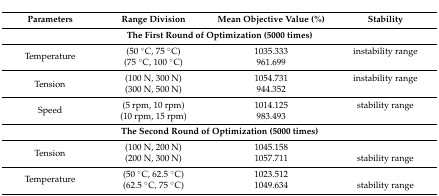
<table><thead><tr><td><b>Parameters</b></td><td><b>Range Division</b></td><td><b>Mean Objective Value (%)</b></td><td><b>Stability</b></td></tr></thead><tbody><tr><td colspan="4"><b>The First Round of Optimization (5000 times)</b></td></tr><tr><td rowspan="2">Temperature</td><td>(50 °C, 75 °C)</td><td>1035.333</td><td>instability range</td></tr><tr><td>(75 °C, 100 °C)</td><td>961.699</td><td></td></tr><tr><td rowspan="2">Tension</td><td>(100 N, 300 N)</td><td>1054.731</td><td>instability range</td></tr><tr><td>(300 N, 500 N)</td><td>944.352</td><td></td></tr><tr><td rowspan="2">Speed</td><td>(5 rpm, 10 rpm)</td><td>1014.125</td><td>stability range</td></tr><tr><td>(10 rpm, 15 rpm)</td><td>983.493</td><td></td></tr><tr><td colspan="4"><b>The Second Round of Optimization (5000 times)</b></td></tr><tr><td rowspan="2">Tension</td><td>(100 N, 200 N)</td><td>1045.158</td><td></td></tr><tr><td>(200 N, 300 N)</td><td>1057.711</td><td>stability range</td></tr><tr><td rowspan="2">Temperature</td><td>(50 °C, 62.5 °C)</td><td>1023.512</td><td></td></tr><tr><td>(62.5 °C, 75 °C)</td><td>1049.634</td><td>stability range</td></tr></tbody></table>